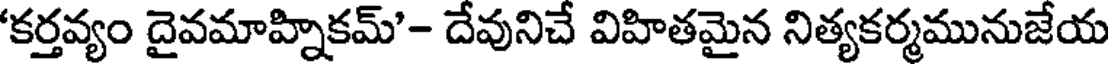
'కర్తవ్యం దైవమాహ్నికమ్'- దేవునిచే విహితమైన నిత్యకర్మమునుజేయ